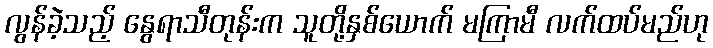
လွန်ခဲ့သည့် နွေရာသီတုန်းက သူတို့နှစ်ယောက် မကြာမီ လက်ထပ်မည်ဟု